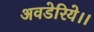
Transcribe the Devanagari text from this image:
अवडेरिये।।